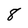
Character: 8